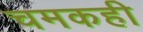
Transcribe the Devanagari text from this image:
चमकही